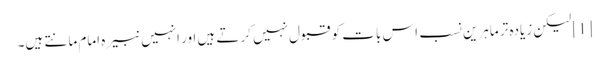
[1] لیکن زیادہ تر ماہرین نسب اس بات کو قبول نہیں کرتے ہیں اور انہیں نبیرہ امام مانتے ہیں۔